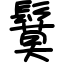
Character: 鬕